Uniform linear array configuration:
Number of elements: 24
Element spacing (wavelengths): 0.5
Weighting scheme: hamming
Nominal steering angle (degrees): -45
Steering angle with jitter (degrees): -44.913
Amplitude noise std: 0.05
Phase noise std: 0.05

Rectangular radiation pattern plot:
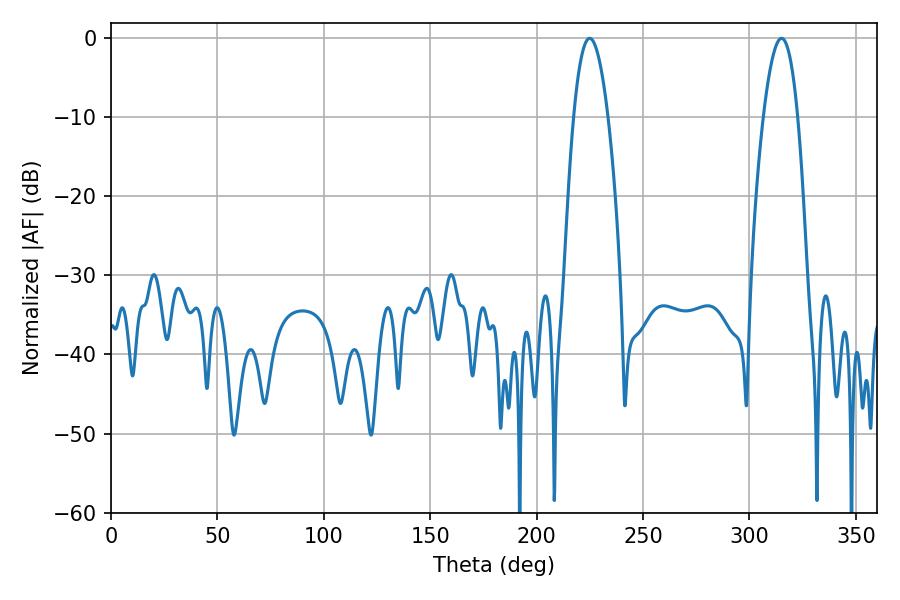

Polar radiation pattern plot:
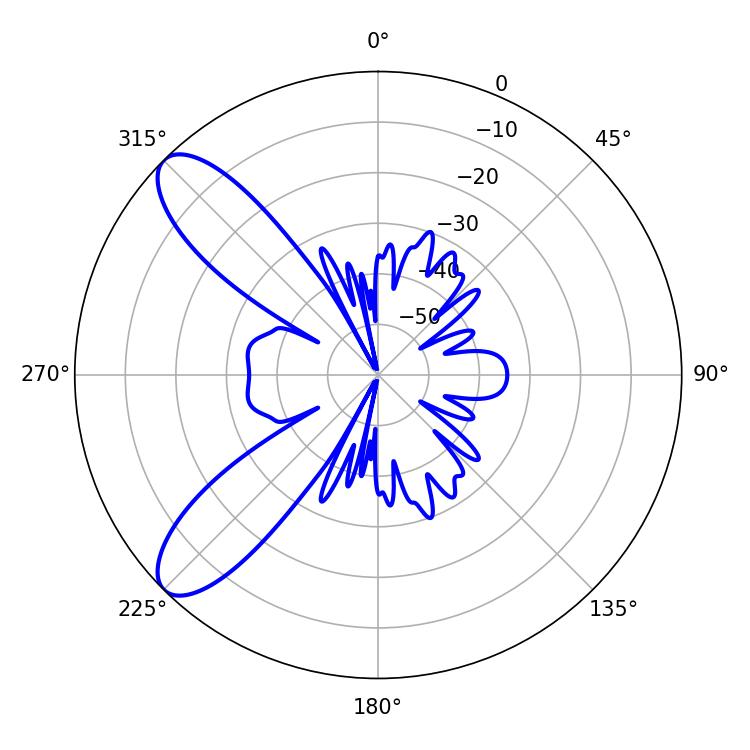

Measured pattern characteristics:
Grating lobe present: FALSE
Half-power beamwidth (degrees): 8.82
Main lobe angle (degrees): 225